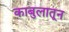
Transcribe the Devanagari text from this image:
काबुलातून